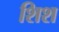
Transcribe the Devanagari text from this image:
शिश